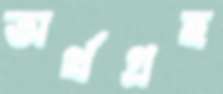
অর্থগ্রহ